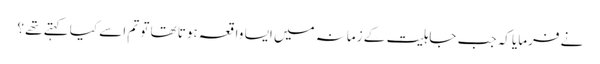
نے فرمایا کہ جب جاہلیت کے زمانہ میں ایسا واقعہ ہوتا تھا تو تم اسے کیا کہتے تھے ؟